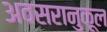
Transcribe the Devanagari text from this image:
अवसरानुकूल